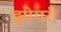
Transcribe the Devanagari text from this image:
झींगरी